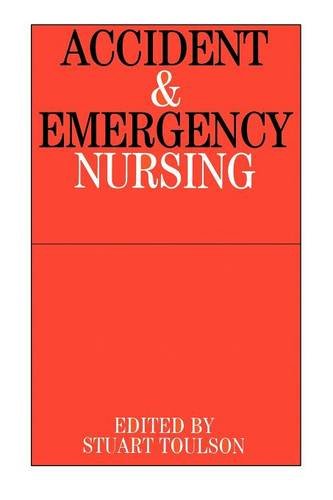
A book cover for Accident and Emergency Nursing; Stuart Toulson; Medical Books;